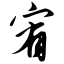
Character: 宥